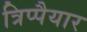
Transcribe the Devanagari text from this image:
त्रिप्पैयार